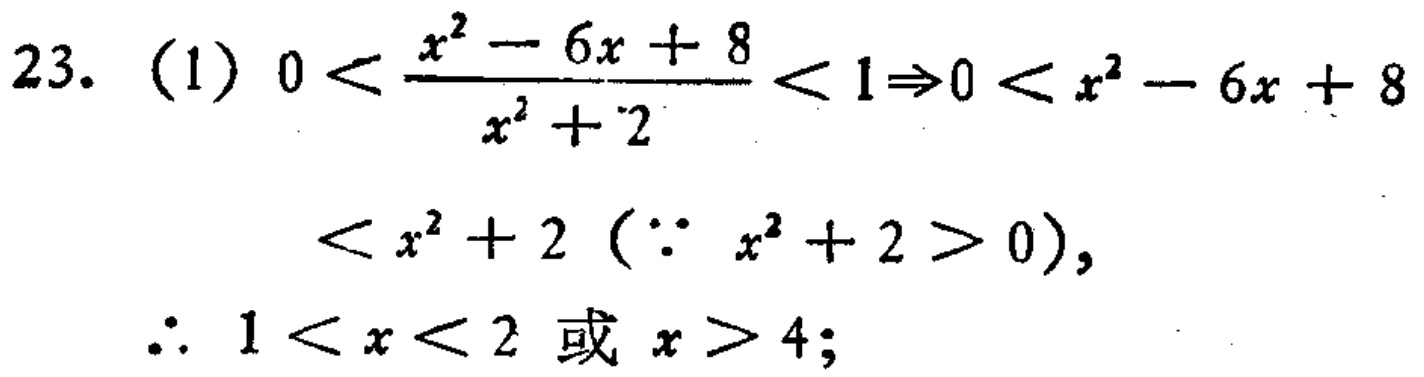
23. (1) \(0 < \frac{x^{2}-6x + 8}{x^{2}+2} < 1\Rightarrow0 < x^{2}-6x + 8\)
\(< x^{2}+2\ (\because x^{2}+2 > 0)\),
\(\therefore 1 < x < 2\) 或 \(x > 4\);